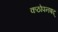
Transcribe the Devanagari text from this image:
कठोपनषद्